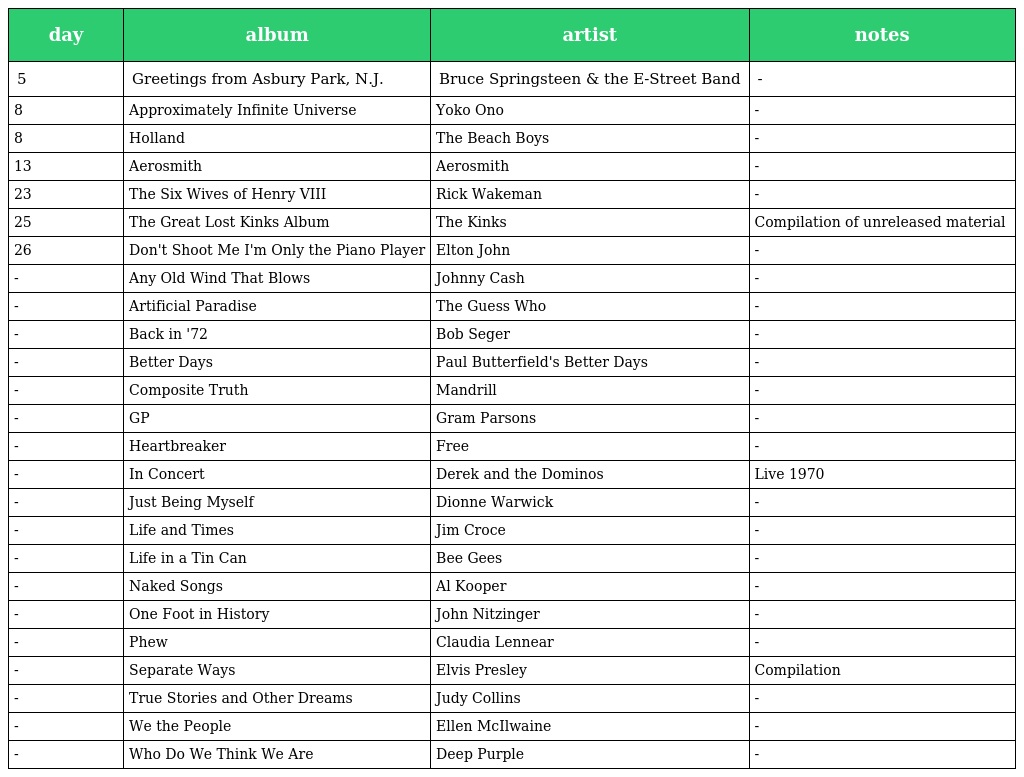
| day | album | artist | notes |
 | --- | --- | --- | --- |
 | 5 | Greetings from Asbury Park, N.J. | Bruce Springsteen & the E-Street Band | - |
 | 8 | Approximately Infinite Universe | Yoko Ono | - |
 | 8 | Holland | The Beach Boys | - |
 | 13 | Aerosmith | Aerosmith | - |
 | 23 | The Six Wives of Henry VIII | Rick Wakeman | - |
 | 25 | The Great Lost Kinks Album | The Kinks | Compilation of unreleased material |
 | 26 | Don't Shoot Me I'm Only the Piano Player | Elton John | - |
 | - | Any Old Wind That Blows | Johnny Cash | - |
 | - | Artificial Paradise | The Guess Who | - |
 | - | Back in '72 | Bob Seger | - |
 | - | Better Days | Paul Butterfield's Better Days | - |
 | - | Composite Truth | Mandrill | - |
 | - | GP | Gram Parsons | - |
 | - | Heartbreaker | Free | - |
 | - | In Concert | Derek and the Dominos | Live 1970 |
 | - | Just Being Myself | Dionne Warwick | - |
 | - | Life and Times | Jim Croce | - |
 | - | Life in a Tin Can | Bee Gees | - |
 | - | Naked Songs | Al Kooper | - |
 | - | One Foot in History | John Nitzinger | - |
 | - | Phew | Claudia Lennear | - |
 | - | Separate Ways | Elvis Presley | Compilation |
 | - | True Stories and Other Dreams | Judy Collins | - |
 | - | We the People | Ellen McIlwaine | - |
 | - | Who Do We Think We Are | Deep Purple | - |